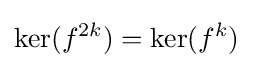
\mathrm {ker} (f^{2k})=\mathrm {ker} (f^{k})